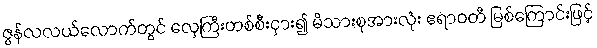
ဇွန်လလယ်လောက်တွင် လှေကြီးတစ်စီးငှား၍ မိသားစုအားလုံး ဧရာဝတီ မြစ်ကြောင်းဖြင့်